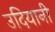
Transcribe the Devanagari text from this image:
उदियानी